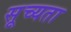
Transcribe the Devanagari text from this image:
सूच्यता